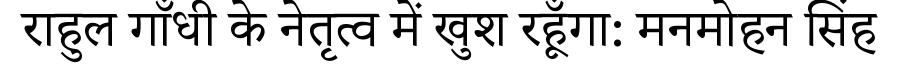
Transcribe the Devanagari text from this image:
राहुल गाँधी के नेतृत्व में खुश रहूँगा: मनमोहन सिंह